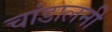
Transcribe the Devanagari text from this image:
चांडालनी